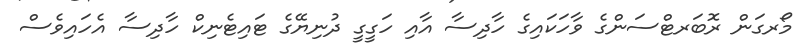
މޯރގަން ރޮބަރޓްސަންގެ ވާހަކައިގެ ހާދިސާ އާއި ހަގީގީ ދުނިޔޭގެ ޓައިޓެނިކް ހާދިސާ އެހައިވެސް